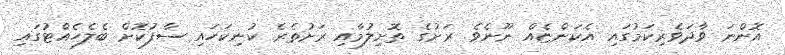
އޮންނަ ވާދަވެރިކަމުގައި އެކަންޏެއް ނޫނެވެ. ރަށުގެ ތޮށިލުމާއި ރަށުތެރެ ކުނިކަހައި ސާފުކޮށް ބެލެހެއްޓުގައި